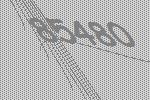
85480